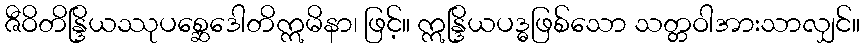
ဇီဝိတိန္ဒြိယဿုပစ္ဆေဒေါတိဣမိနာ၊ ဖြင့်။ ဣန္ဒြိယပဒ္ဓဖြစ်သော သတ္တဝါအားသာလျှင်။